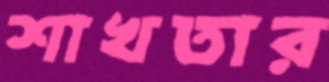
শাখতার